Annual report on the working of the lock hospitals in the North-Western Provinces and Oudh
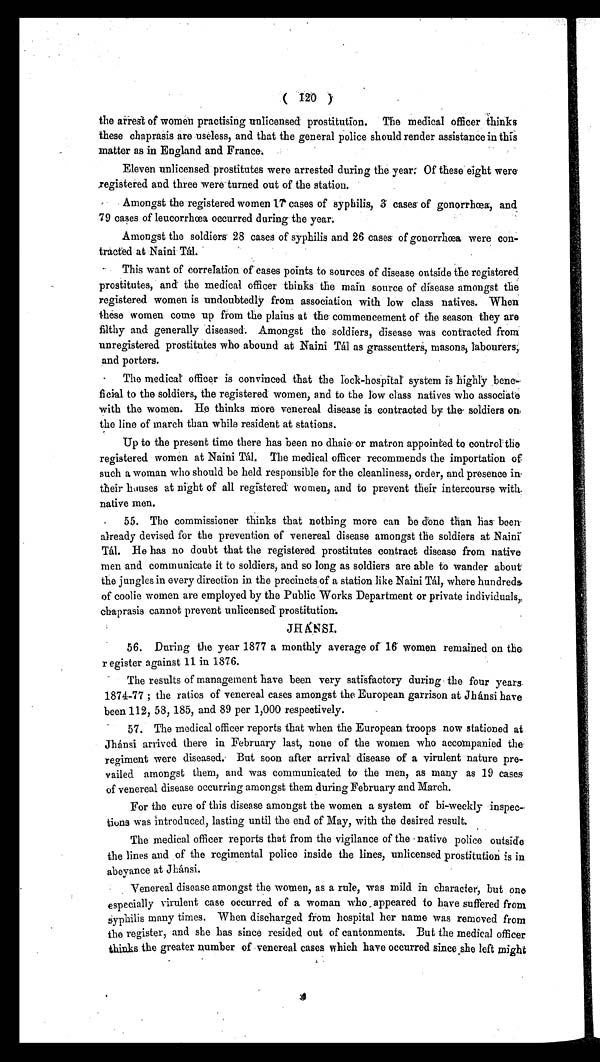
( 120 )
t h e a r r e s t o f w o m e n p r a c t i s i n g u n l i c e n s e d p r o s t i t u t i o n . T h e m e d i c a l o f f i c e r t h i n k s
these chaprasis are useless, and that the general police should render assistance in this
matter as in England and France:
Eleven unlicensed prostitutes were arrested during the year. Of these eight were
registered and three were turned out of the station.
Amongst the registered women 17 cases of syphilis, 3 cases of gonorrhœa, and
79 cases of leucorrhœa occurred during . the year.
Amongst the soldiers 28 cases of syphilis and 26 cases of gonorrhœa were con-
tracted at . Naini Tál.
This want of correlation of cases points to sources of disease outside the registered
prostitutes, and the medical officer thinks the main source of disease amongst the
registered women is undoubtedly from association with low class natives. When
these women come up from the plains at the commencement of the season they are
filthy and generally diseased. Amongst the soldiers, disease was contracted from
unregistered prostitutes who abound at Naini Tál as grasseutters, masons, labourers,
and porters.
The medical officer is convinced that the lock-hospital system is highly bene-
ficial to the soldiers, the registered women, and to the low class natives who associate
with the women. He thinks more venereal disease is contracted by the soldiers on
the line of march than while resident at stations.
Up to the present time there has been no dhaie or matron appointed to control the
registered women at Naini Tál. The medical officer recommends the importation of
such a woman who should be held responsible for the cleanliness, order, and presence in
their houses at night of all registered women, and to prevent their intercourse with
native men.
55. The commissioner thinks that nothing more can be done than has been
already devised for the prevention of venereal disease amongst the soldiers at Naini
Tál. He has no doubt that the registered prostitutes contract disease from native
men and communicate it to soldiers, and so long as soldiers are able to wander about
the jungles in every direction in the precincts of a station like Naini Tál, where hundreds
of coolie women are employed by the Public Works Department or private individuals,
chaprasis cannot prevent unlicensed prostitution.
JHÁNSI.
56. During the year 1877 a monthly average of 16 women remained on the
register against 11 in 1876.
The results of management have been very satisfactory during the four years
1874-77 ; the ratios of venereal cases amongst the European garrison at Jhánsi have
been 112, 58, 185, and 89 per 1,000 respectively.
57. The medical officer reports that when the European troops now stationed at
Jhánsi arrived there in February last, none of the women who accompanied the
regiment were diseased. But soon after arrival disease of a virulent nature pre-
vailed amongst them, and was communicated to the men, as many as 19 cases
of venereal disease occurring amongst them during February and March.
For the cure of this disease amongst the women a system of bi-weekly inspec-
tions was introduced, lasting until the end of May, with the desired result.
The medical officer reports that from the vigilance of the native police outside
the lines and of the regimental police inside the lines, unlicensed prostitution is in
abeyance at Jhánsi.
Venereal disease amongst the women, as a rule, was mild in character, but one
especially virulent case occurred of a woman who appeared to have suffered from
s y p h i l i s
m a n y t i m e s . W h e n d i s c h a r g e d f r o m h o s p i t a l h e r n a m e w a s r e m o v e d f r o m
the register, and she has since resided out of cantonments. But the medical officer
thinks the greater number of venereal cases which have occurred since she left might